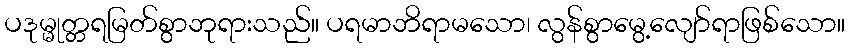
ပဒုမ္မုတ္တရမြတ်စွာဘုရားသည်။ ပရမာဘိရာမသော၊ လွန်စွာမွေ့လျော်ရာဖြစ်သော။